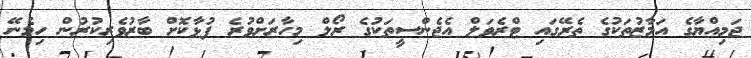
ޖަމިއްޔާގެ އަމާޒުތަކުގެ ތެރޭގައި ޓްރެވަލް އެޖެންސީތަކުގެ ރޯލް މިހާރަށްވުރެ ފުޅާކޮށް ބާރުވެރިކުރުން ހިމެނޭ